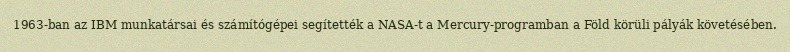
1963-ban az IBM munkatársai és számítógépei segítették a NASA-t a Mercury-programban a Föld körüli pályák követésében.